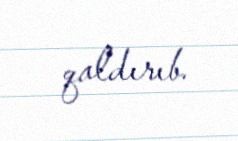
qaldırıb.